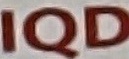
IQD